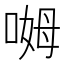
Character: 𫪰